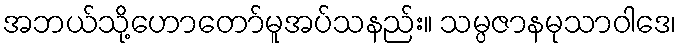
အဘယ်သို့ဟောတော်မူအပ်သနည်း။ သမ္ပဇာနမုသာဝါဒေ၊